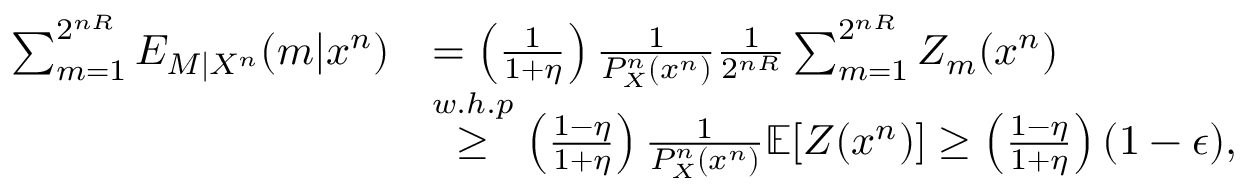
\begin{array} { r l } { \sum _ { m = 1 } ^ { 2 ^ { n { R } } } E _ { M | X ^ { n } } ( m | x ^ { n } ) } & { = \left( \frac { 1 } { 1 + \eta } \right) \frac { 1 } { P _ { X } ^ { n } ( x ^ { n } ) } \frac { 1 } { 2 ^ { n { R } } } \sum _ { m = 1 } ^ { 2 ^ { n { R } } } Z _ { m } ( x ^ { n } ) } \\ & { \stackrel { w . h . p } \geq \left( \frac { 1 - \eta } { 1 + \eta } \right) \frac { 1 } { P _ { X } ^ { n } ( x ^ { n } ) } \mathbb { E } [ Z ( x ^ { n } ) ] \geq \left( \frac { 1 - \eta } { 1 + \eta } \right) ( 1 - \epsilon ) , } \end{array}